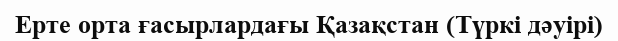
Ерте орта ғасырлардағы Қазақстан (Түркі дәуірі)